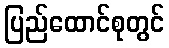
ပြည်ထောင်စုတွင်